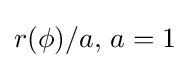
{\textstyle r(\phi )/a,\,a=1}